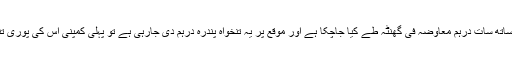
اس کا طریقہ کار یہ ہے کہ اگر اس محنت کش کے ساتھ سات درہم معاوضہ فی گھنٹہ طے کیا جاچکا ہے اور موقع پر یہ تنخواہ پندرہ درہم دی جارہی ہے تو پہلی کمپنی اس کی پوری تنخواہ وصول کرکے اسے سات درہم ہی ادا کرتی ہے۔